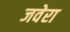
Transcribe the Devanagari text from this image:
जवेरा